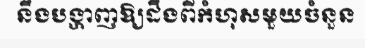
នឹងបង្ហាញឱ្យដឹងពីកំហុសមួយចំនួន